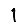
Digit: 1